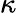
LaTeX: \kappa